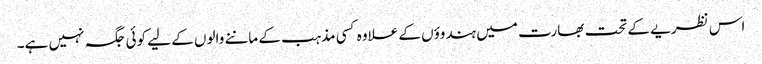
اس نظریے کے تحت بھارت میں ہندوؤں کے علاوہ کسی مذہب کے ماننے والوں کے لیے کوئی جگہ نہیں ہے۔